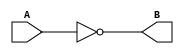
`timescale 1ns/10ps
module Not_32_bit(A, B);
input [31:0] A;
output reg [31:0] B;
always@(A)
	begin
	B = ~A;
	end
endmodule